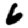
Digit: 6